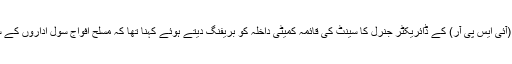
پاک فوج کے شعبہ تعلقات عامہ (آئی ایس پی آر) کے ڈائریکٹر جنرل کا سینٹ کی قائمہ کمیٹی داخلہ کو بریفنگ دیتے ہوئے کہنا تھا کہ مسلح افواج سول اداروں کے ساتھ ہمیشہ تعاون کرتی رہی ہیں۔